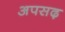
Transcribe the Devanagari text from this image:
अपसढ़